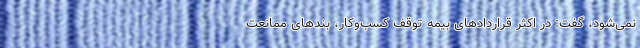
نمی‌شود، گفت: در اکثر قراردادهای بیمه توقف کسب‌وکار، بندهای ممانعت